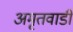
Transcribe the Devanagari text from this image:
अमृतवाडी